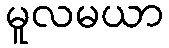
မူလမယာ